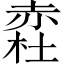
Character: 𧹥